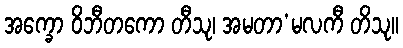
အက္ခော ဝိဘီတကော တီသု၊ အမတာ’မလကီ တိသု။